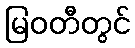
မြဝတီတွင်